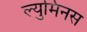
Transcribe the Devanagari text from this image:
ल्युमिनस